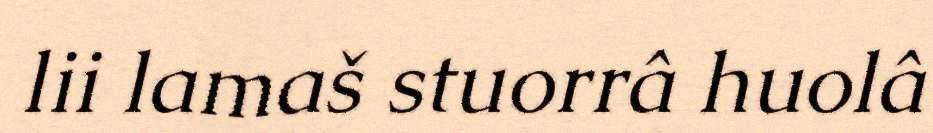
lii lamaš stuorrâ huolâ